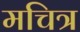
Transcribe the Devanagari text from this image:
मचित्र